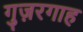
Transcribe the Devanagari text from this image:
गुज़रगाह